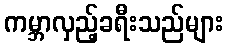
ကမ္ဘာလှည့်ခရီးသည်များ